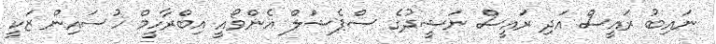
ނައިބު ރައީސް އަދި ރައީސް ނަޝީދުގެ ސްޕެޝަލް އެންވޯއީ އިބްރާހީމް ހުސައިން ޒަކީ